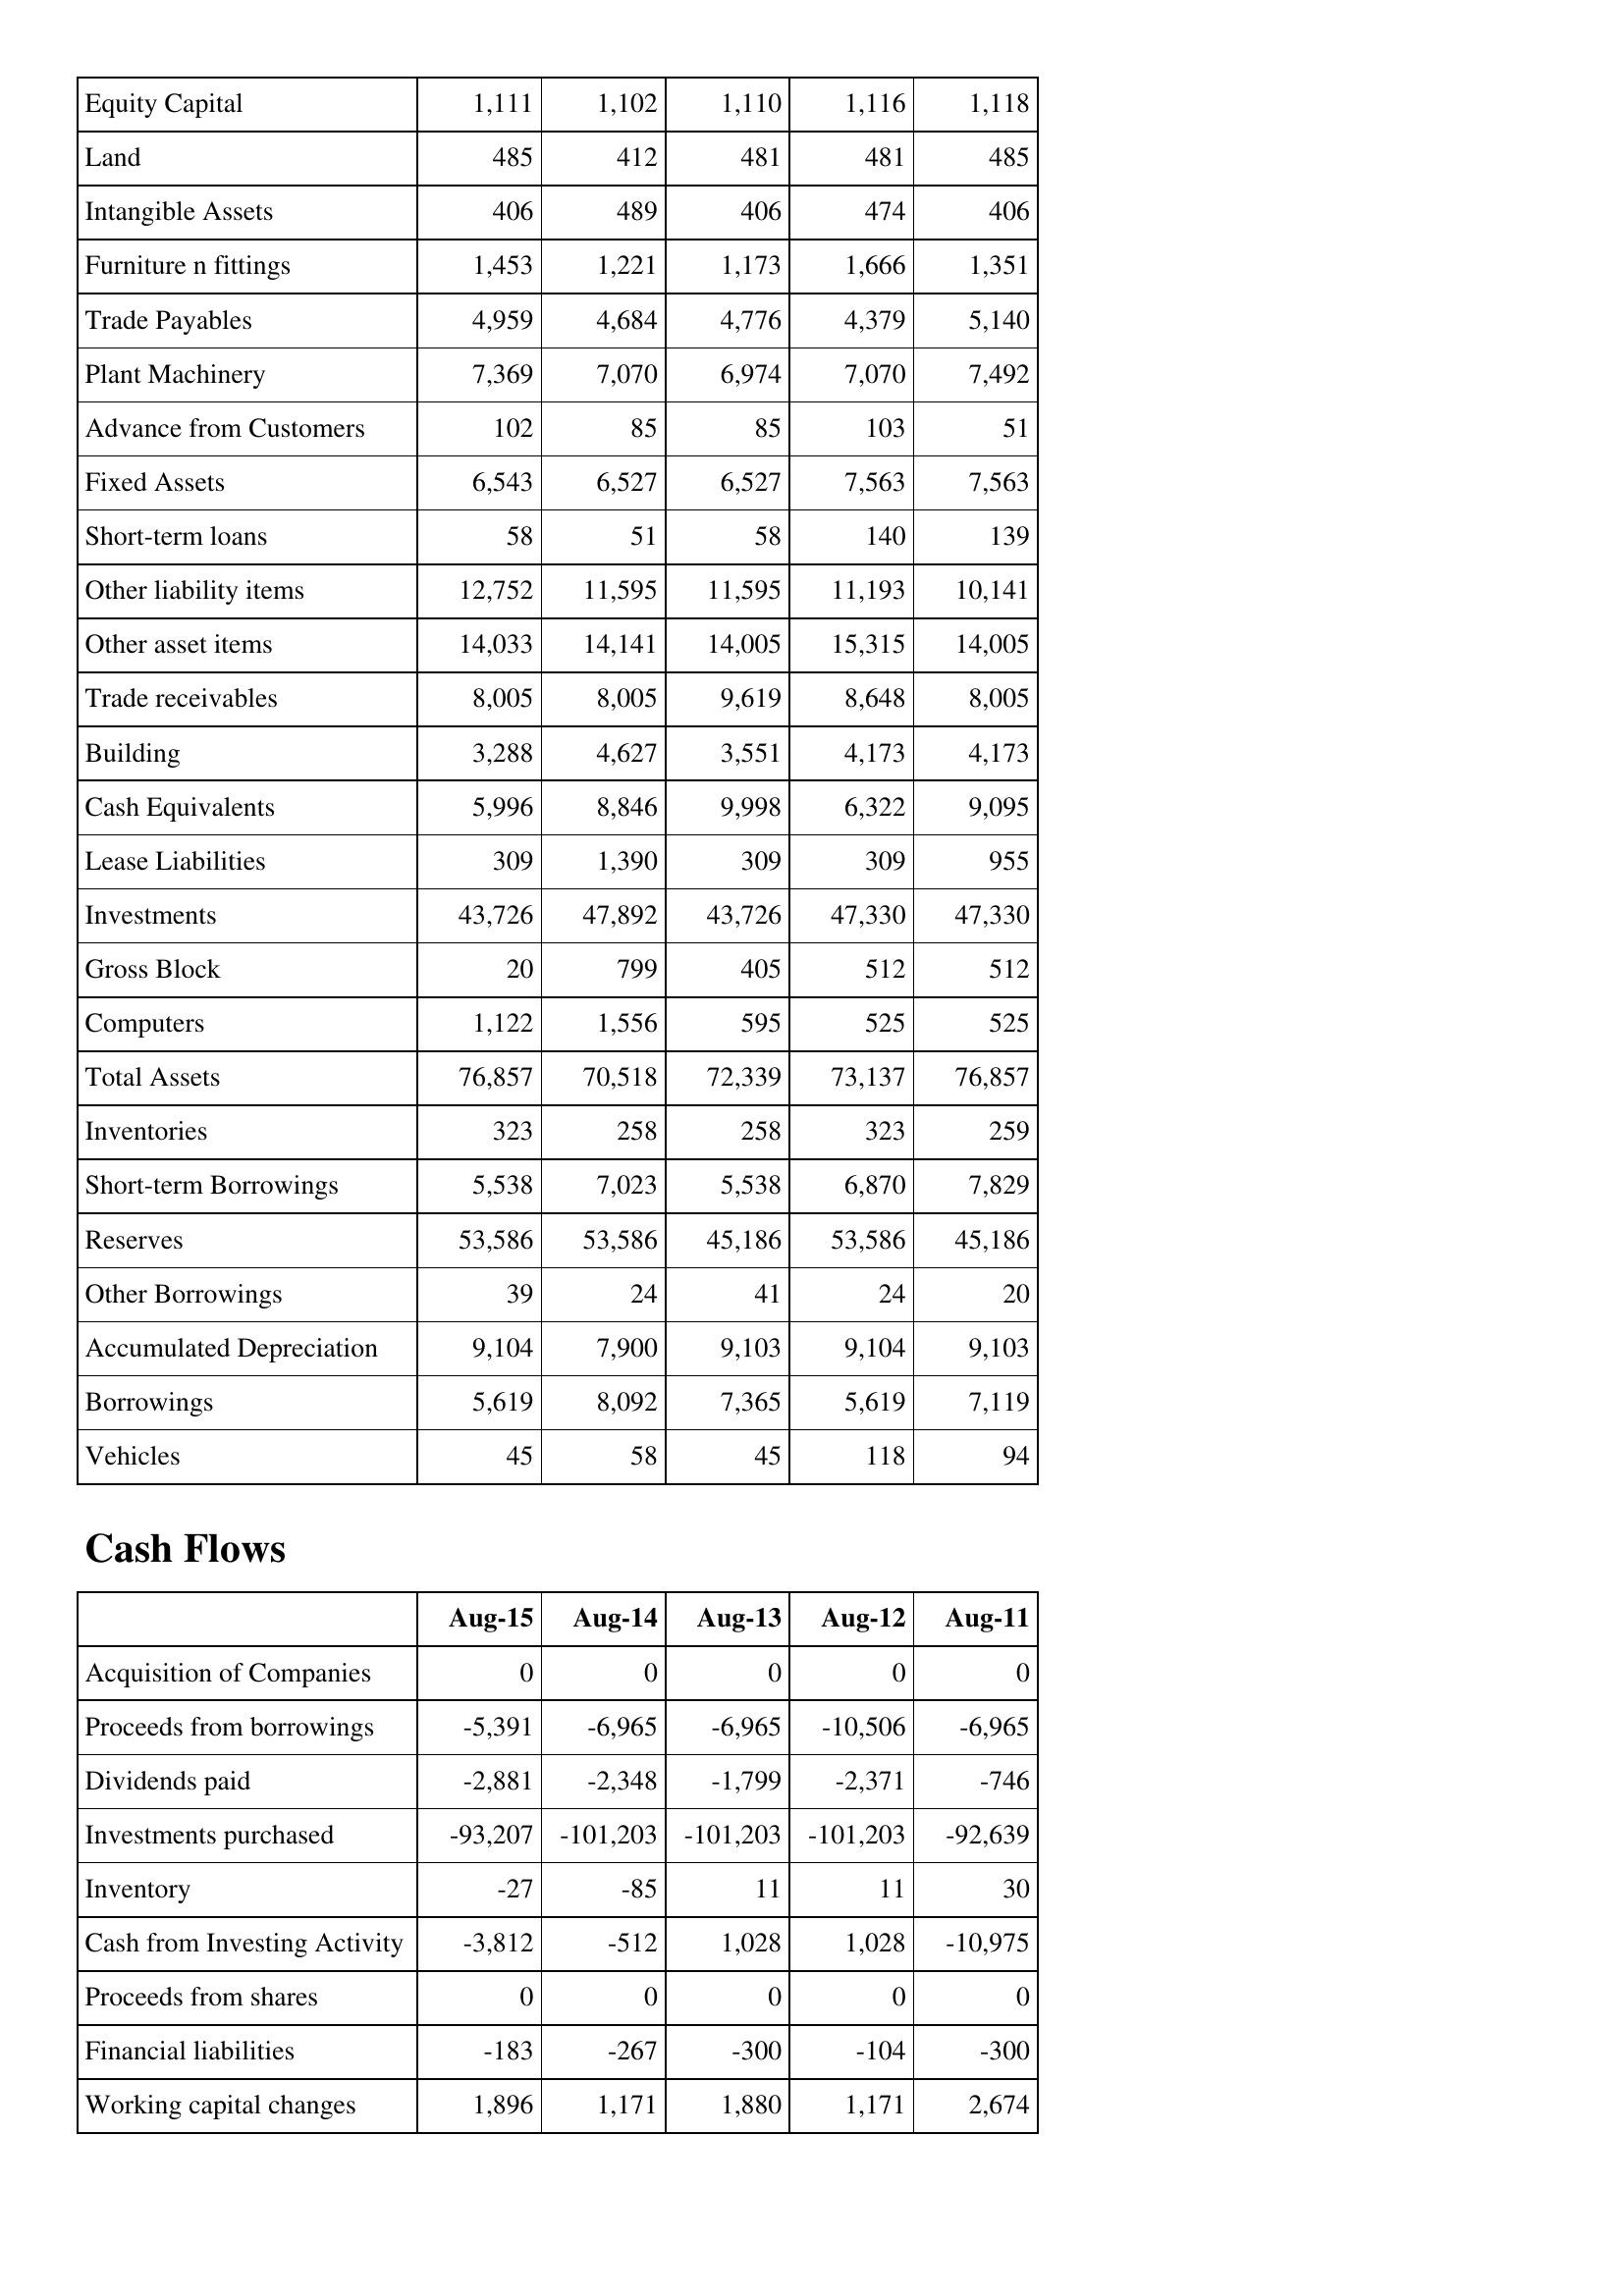
Aug-15: Balance Sheet: Equity Capital: 1,111
Land: 485
Intangible Assets: 406
Furniture n fittings: 1,453
Trade Payables: 4,959
Plant Machinery: 7,369
Advance from Customers: 102
Fixed Assets: 6,543
Short-term loans: 58
Other liability items: 12,752
Other asset items: 14,033
Trade receivables: 8,005
Building: 3,288
Cash Equivalents: 5,996
Lease Liabilities: 309
Investments: 43,726
Gross Block: 20
Computers: 1,122
Total Assets: 76,857
Inventories: 323
Short-term Borrowings: 5,538
Reserves: 53,586
Other Borrowings: 39
Accumulated Depreciation: 9,104
Borrowings: 5,619
Vehicles: 45
Cash Flows: Acquisition of Companies: 0
Proceeds from borrowings: -5,391
Dividends paid: -2,881
Investments purchased: -93,207
Inventory: -27
Cash from Investing Activity: -3,812
Proceeds from shares: 0
Financial liabilities: -183
Working capital changes: 1,896
Aug-14: Balance Sheet: Equity Capital: 1,102
Land: 412
Intangible Assets: 489
Furniture n fittings: 1,221
Trade Payables: 4,684
Plant Machinery: 7,070
Advance from Customers: 85
Fixed Assets: 6,527
Short-term loans: 51
Other liability items: 11,595
Other asset items: 14,141
Trade receivables: 8,005
Building: 4,627
Cash Equivalents: 8,846
Lease Liabilities: 1,390
Investments: 47,892
Gross Block: 799
Computers: 1,556
Total Assets: 70,518
Inventories: 258
Short-term Borrowings: 7,023
Reserves: 53,586
Other Borrowings: 24
Accumulated Depreciation: 7,900
Borrowings: 8,092
Vehicles: 58
Cash Flows: Acquisition of Companies: 0
Proceeds from borrowings: -6,965
Dividends paid: -2,348
Investments purchased: -101,203
Inventory: -85
Cash from Investing Activity: -512
Proceeds from shares: 0
Financial liabilities: -267
Working capital changes: 1,171
Aug-13: Balance Sheet: Equity Capital: 1,110
Land: 481
Intangible Assets: 406
Furniture n fittings: 1,173
Trade Payables: 4,776
Plant Machinery: 6,974
Advance from Customers: 85
Fixed Assets: 6,527
Short-term loans: 58
Other liability items: 11,595
Other asset items: 14,005
Trade receivables: 9,619
Building: 3,551
Cash Equivalents: 9,998
Lease Liabilities: 309
Investments: 43,726
Gross Block: 405
Computers: 595
Total Assets: 72,339
Inventories: 258
Short-term Borrowings: 5,538
Reserves: 45,186
Other Borrowings: 41
Accumulated Depreciation: 9,103
Borrowings: 7,365
Vehicles: 45
Cash Flows: Acquisition of Companies: 0
Proceeds from borrowings: -6,965
Dividends paid: -1,799
Investments purchased: -101,203
Inventory: 11
Cash from Investing Activity: 1,028
Proceeds from shares: 0
Financial liabilities: -300
Working capital changes: 1,880
Aug-12: Balance Sheet: Equity Capital: 1,116
Land: 481
Intangible Assets: 474
Furniture n fittings: 1,666
Trade Payables: 4,379
Plant Machinery: 7,070
Advance from Customers: 103
Fixed Assets: 7,563
Short-term loans: 140
Other liability items: 11,193
Other asset items: 15,315
Trade receivables: 8,648
Building: 4,173
Cash Equivalents: 6,322
Lease Liabilities: 309
Investments: 47,330
Gross Block: 512
Computers: 525
Total Assets: 73,137
Inventories: 323
Short-term Borrowings: 6,870
Reserves: 53,586
Other Borrowings: 24
Accumulated Depreciation: 9,104
Borrowings: 5,619
Vehicles: 118
Cash Flows: Acquisition of Companies: 0
Proceeds from borrowings: -10,506
Dividends paid: -2,371
Investments purchased: -101,203
Inventory: 11
Cash from Investing Activity: 1,028
Proceeds from shares: 0
Financial liabilities: -104
Working capital changes: 1,171
Aug-11: Balance Sheet: Equity Capital: 1,118
Land: 485
Intangible Assets: 406
Furniture n fittings: 1,351
Trade Payables: 5,140
Plant Machinery: 7,492
Advance from Customers: 51
Fixed Assets: 7,563
Short-term loans: 139
Other liability items: 10,141
Other asset items: 14,005
Trade receivables: 8,005
Building: 4,173
Cash Equivalents: 9,095
Lease Liabilities: 955
Investments: 47,330
Gross Block: 512
Computers: 525
Total Assets: 76,857
Inventories: 259
Short-term Borrowings: 7,829
Reserves: 45,186
Other Borrowings: 20
Accumulated Depreciation: 9,103
Borrowings: 7,119
Vehicles: 94
Cash Flows: Acquisition of Companies: 0
Proceeds from borrowings: -6,965
Dividends paid: -746
Investments purchased: -92,639
Inventory: 30
Cash from Investing Activity: -10,975
Proceeds from shares: 0
Financial liabilities: -300
Working capital changes: 2,674